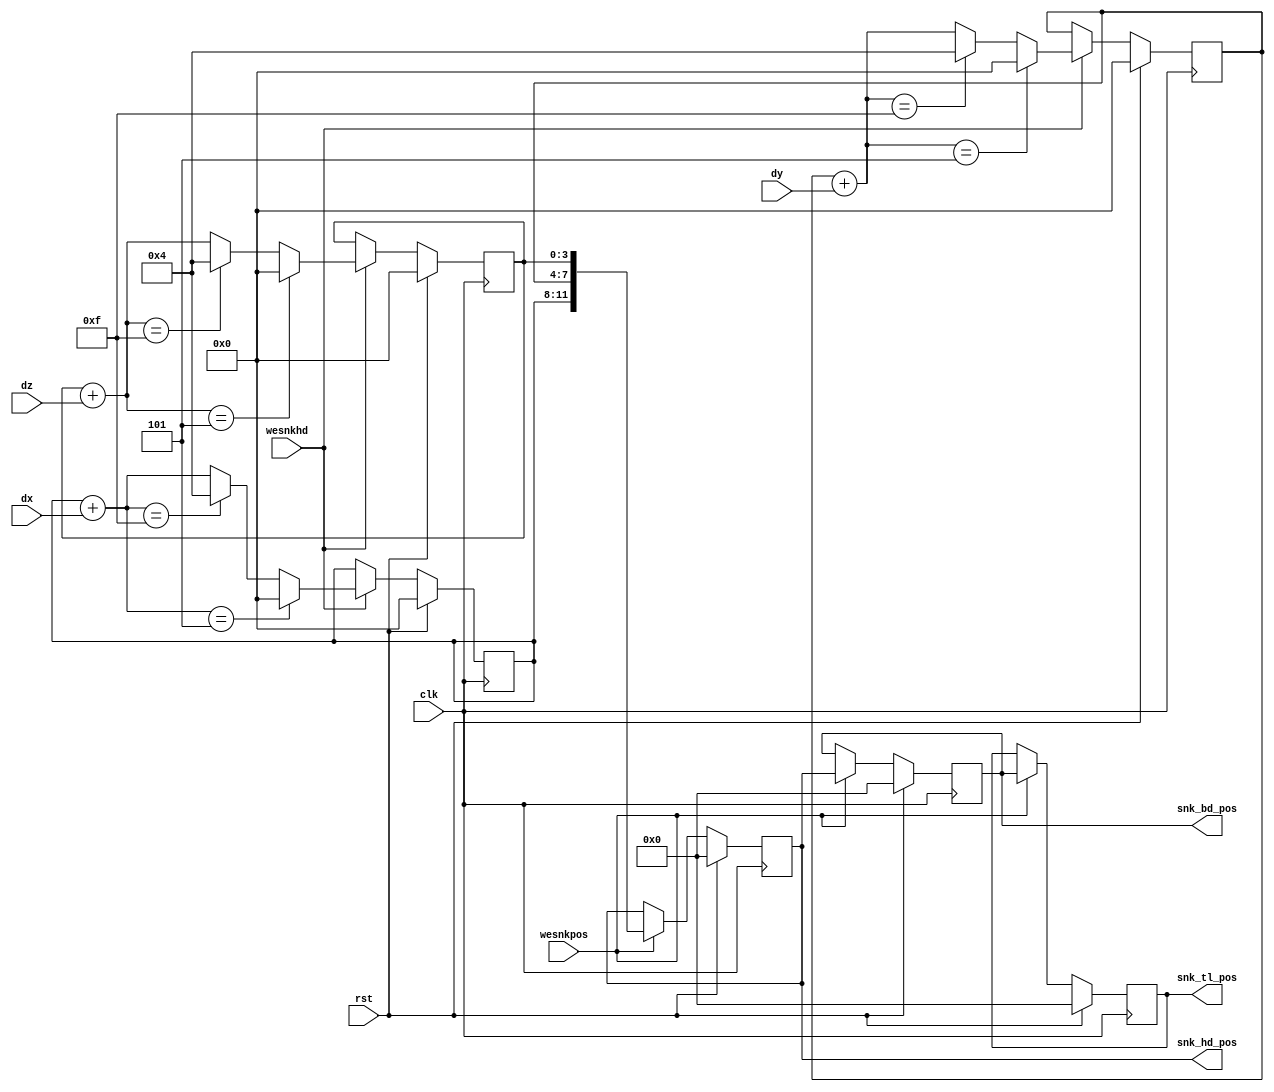
/*
   This file was generated automatically by the Mojo IDE version B1.3.6.
   Do not edit this file directly. Instead edit the original Lucid source.
   This is a temporary file and any changes made to it will be destroyed.
*/

module snake_8 (
    input clk,
    input rst,
    input [3:0] dx,
    input [3:0] dy,
    input [3:0] dz,
    input wesnkhd,
    input wesnkpos,
    output reg [11:0] snk_hd_pos,
    output reg [11:0] snk_bd_pos,
    output reg [11:0] snk_tl_pos
  );
  
  
  
  reg [3:0] M_hd_x_d, M_hd_x_q = 1'h0;
  reg [3:0] M_hd_y_d, M_hd_y_q = 1'h0;
  reg [3:0] M_hd_z_d, M_hd_z_q = 1'h0;
  reg [11:0] M_hd_pos_d, M_hd_pos_q = 1'h0;
  reg [11:0] M_bd_pos_d, M_bd_pos_q = 1'h0;
  reg [11:0] M_tl_pos_d, M_tl_pos_q = 1'h0;
  
  always @* begin
    M_hd_x_d = M_hd_x_q;
    M_hd_y_d = M_hd_y_q;
    M_hd_z_d = M_hd_z_q;
    M_hd_pos_d = M_hd_pos_q;
    M_tl_pos_d = M_tl_pos_q;
    M_bd_pos_d = M_bd_pos_q;
    
    if (wesnkhd) begin
      M_hd_x_d = (M_hd_x_q + dx);
      M_hd_y_d = (M_hd_y_q + dy);
      M_hd_z_d = (M_hd_z_q + dz);
      if ((M_hd_x_q + dx) == 4'hf) begin
        M_hd_x_d = 3'h4;
      end
      if ((M_hd_x_q + dx) == 3'h5) begin
        M_hd_x_d = 1'h0;
      end
      if ((M_hd_y_q + dy) == 4'hf) begin
        M_hd_y_d = 3'h4;
      end
      if ((M_hd_y_q + dy) == 3'h5) begin
        M_hd_y_d = 1'h0;
      end
      if ((M_hd_z_q + dz) == 4'hf) begin
        M_hd_z_d = 3'h4;
      end
      if ((M_hd_z_q + dz) == 3'h5) begin
        M_hd_z_d = 1'h0;
      end
    end
    if (wesnkpos) begin
      M_hd_pos_d = {M_hd_x_q, M_hd_y_q, M_hd_z_q};
      M_bd_pos_d = M_hd_pos_q;
      M_tl_pos_d = M_bd_pos_q;
    end
    snk_hd_pos = M_hd_pos_q;
    snk_bd_pos = M_bd_pos_q;
    snk_tl_pos = M_tl_pos_q;
  end
  
  always @(posedge clk) begin
    if (rst == 1'b1) begin
      M_hd_x_q <= 1'h0;
      M_hd_y_q <= 1'h0;
      M_hd_z_q <= 1'h0;
      M_hd_pos_q <= 1'h0;
      M_bd_pos_q <= 1'h0;
      M_tl_pos_q <= 1'h0;
    end else begin
      M_hd_x_q <= M_hd_x_d;
      M_hd_y_q <= M_hd_y_d;
      M_hd_z_q <= M_hd_z_d;
      M_hd_pos_q <= M_hd_pos_d;
      M_bd_pos_q <= M_bd_pos_d;
      M_tl_pos_q <= M_tl_pos_d;
    end
  end
  
endmodule